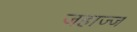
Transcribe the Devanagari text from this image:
जहाज्ज